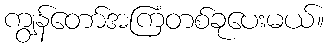
ကျွန်တော်အကြံတစ်ခုပေးမယ်။